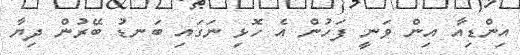
އިންޑިއާ އިން ވަނީ ފަހުން އެ ހޮޅި ނަގައި ބަނޑު ބޭރުން ދިޔާ